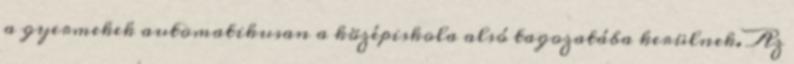
a gyermekek automatikusan a középiskola alsó tagozatába kerülnek. Az